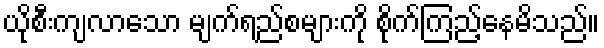
ယိုစီးကျလာသော မျက်ရည်စများကို စိုက်ကြည့်နေမိသည်။